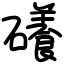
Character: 礢